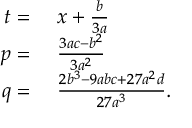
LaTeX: \begin{array} { r l } { t = { } } & { { } x + { \frac { b } { 3 a } } } \\ { p = { } } & { { } { \frac { 3 a c - b ^ { 2 } } { 3 a ^ { 2 } } } } \\ { q = { } } & { { } { \frac { 2 b ^ { 3 } - 9 a b c + 2 7 a ^ { 2 } d } { 2 7 a ^ { 3 } } } . } \end{array}